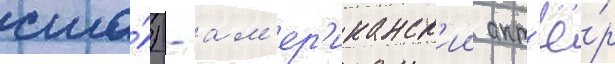
сша́) - ам'ер'иканск'ии акт'ё́р